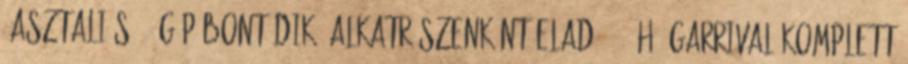
»Asztali s775 gép bontódik, alkatrészenként eladó 6-12hó garrival Komplett